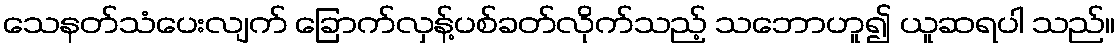
သေနတ်သံပေးလျက် ခြောက်လှန့်ပစ်ခတ်လိုက်သည့် သဘောဟူ၍ ယူဆရပါ သည်။